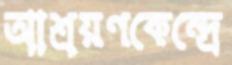
আশ্রয়ণকেন্দ্রে